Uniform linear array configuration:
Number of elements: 48
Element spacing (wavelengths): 0.25
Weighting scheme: binomial
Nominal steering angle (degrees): -60
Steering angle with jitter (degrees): -61.318
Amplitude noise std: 0.05
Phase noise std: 0.05

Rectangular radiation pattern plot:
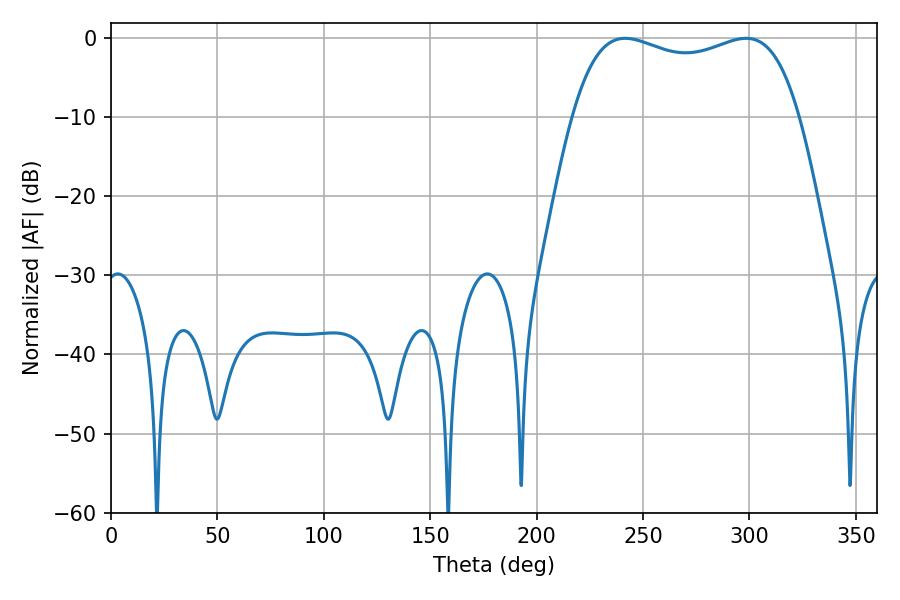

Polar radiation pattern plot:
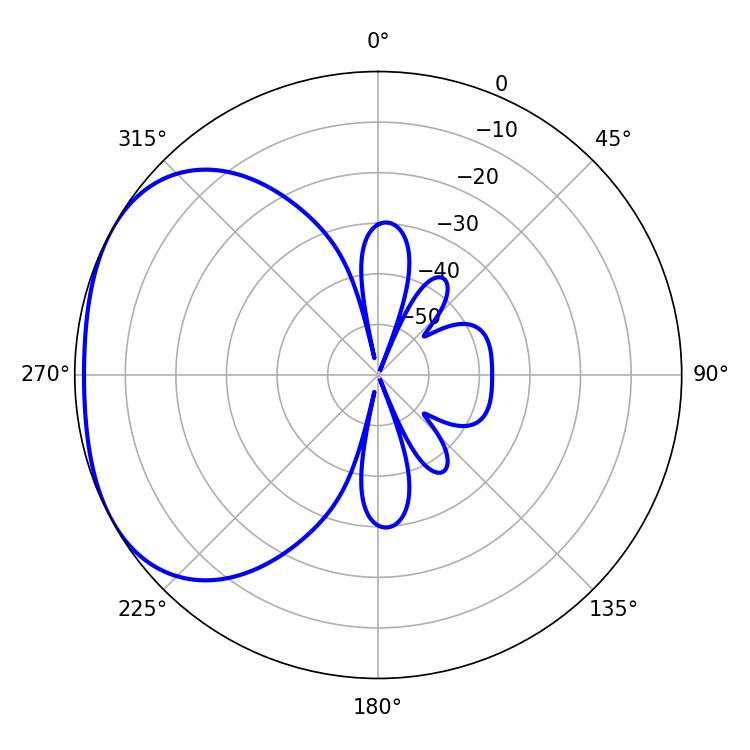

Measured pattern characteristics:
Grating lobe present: FALSE
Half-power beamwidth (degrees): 86.76
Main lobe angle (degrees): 241.56